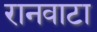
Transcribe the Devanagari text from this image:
रानवाटा